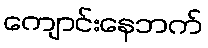
ကျောင်းနေဘက်